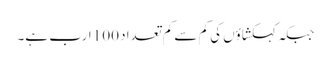
جبکہ کہکشاؤں کی کم سے کم تعداد 100 ارب ہے۔